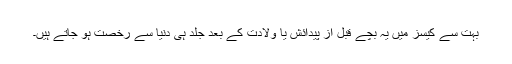
بہت سے کیسز میں یہ بچے قبل از پیدائش یا ولادت کے بعد جلد ہی دنیا سے رخصت ہو جاتے ہیں۔